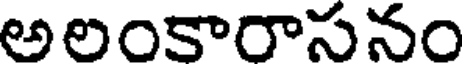
అలంకారాసనం